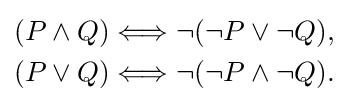
{\begin{aligned}(P\land Q)&\Longleftrightarrow \neg (\neg P\lor \neg Q),\\(P\lor Q)&\Longleftrightarrow \neg (\neg P\land \neg Q).\end{aligned}}